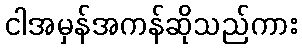
ငါအမှန်အကန်ဆိုသည်ကား